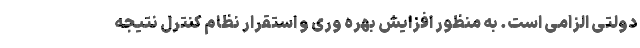
دولتی الزامی است. به منظور افزایش بهره وری و استقرار نظام کنترل نتیجه